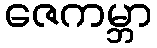
ဇေကမ္ဘာ